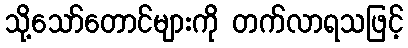
သို့သော်တောင်များကို တက်လာရသဖြင့်